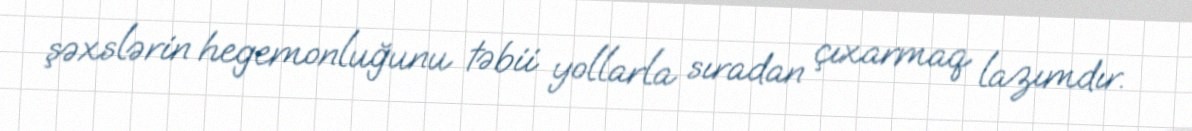
şəxslərin hegemonluğunu təbii yollarla sıradan çıxarmaq lazımdır.